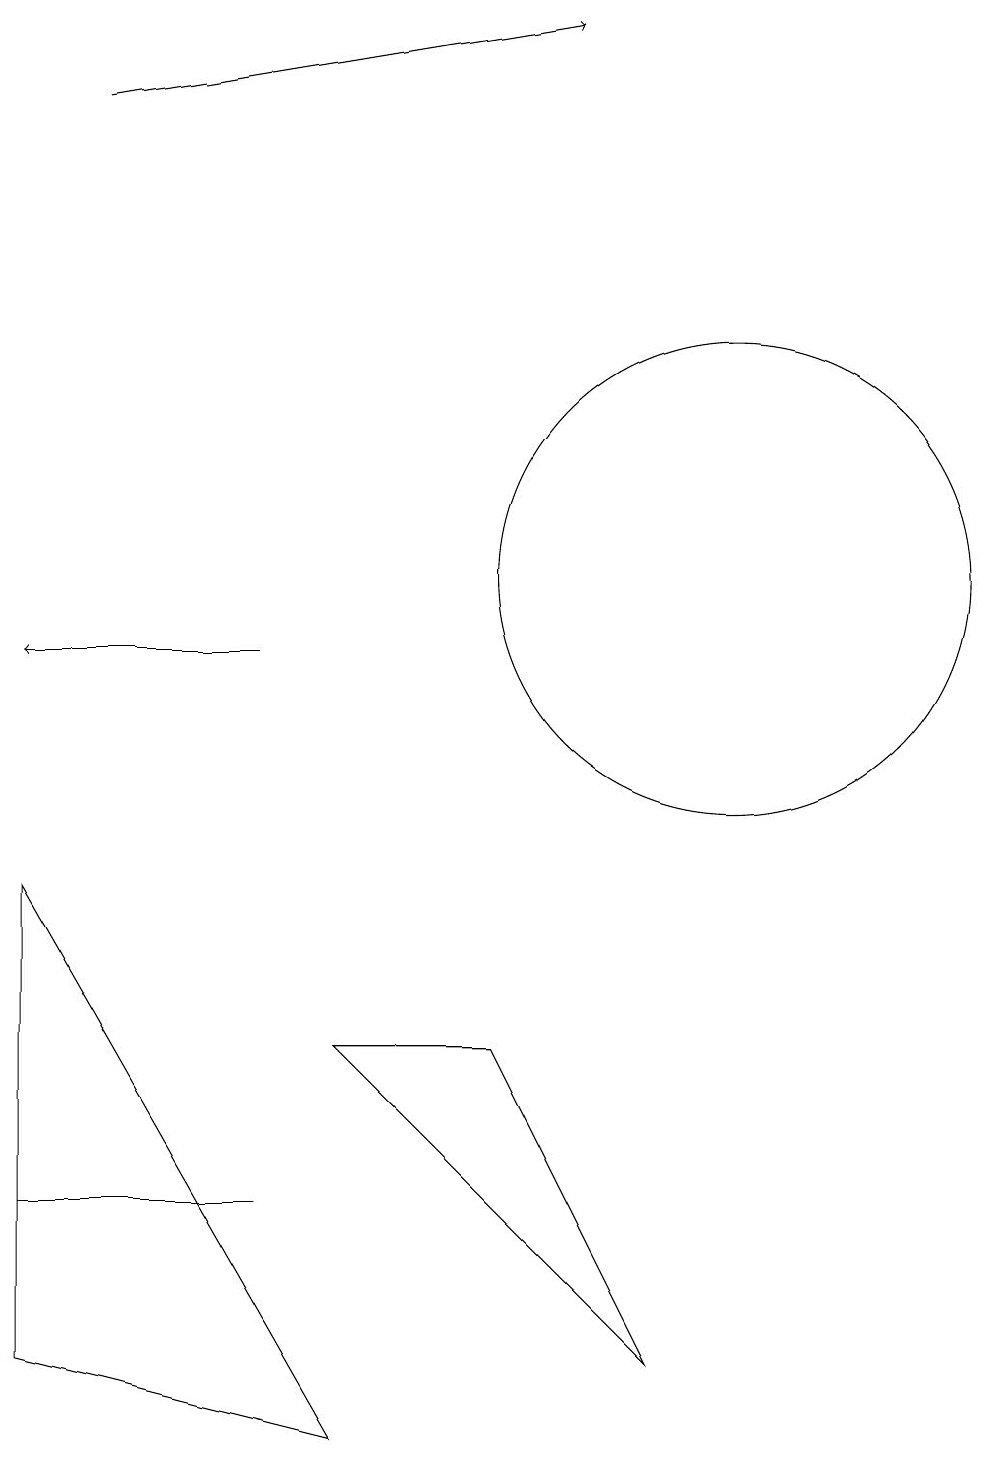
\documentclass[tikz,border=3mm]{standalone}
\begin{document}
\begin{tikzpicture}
\draw[->] (2,17) -- (8,18);
\draw[->] (4,10) -- (1,10);
\draw (1,3) -- (4,3) -- (2,3) -- cycle;
\draw (5,5) -- (7,5) -- (9,1) -- cycle;
\draw (10,11) circle (3);
\draw (1,7) -- (5,0) -- (1,1) -- cycle;
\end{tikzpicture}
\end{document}